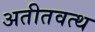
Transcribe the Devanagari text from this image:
अतीतवत्थ